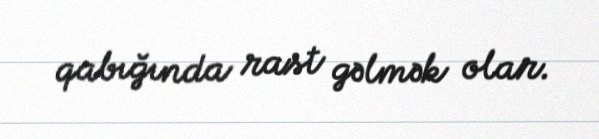
qabığında rast gəlmək olar.